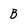
Character: B